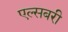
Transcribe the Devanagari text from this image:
एल्सबरी